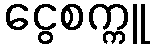
ငွေစက္ကူ